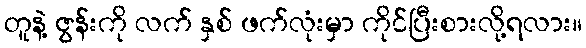
တူနဲ့ ဇွန်းကို လက် နှစ် ဖက်လုံးမှာ ကိုင်ပြီးစားလို့ရလား။